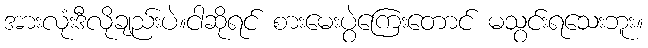
အားလုံးဒီလိုချည်းပဲ။ငါဆိုရင် စားမေးပွဲကြေးတောင် မသွင်းရသေးဘူး။